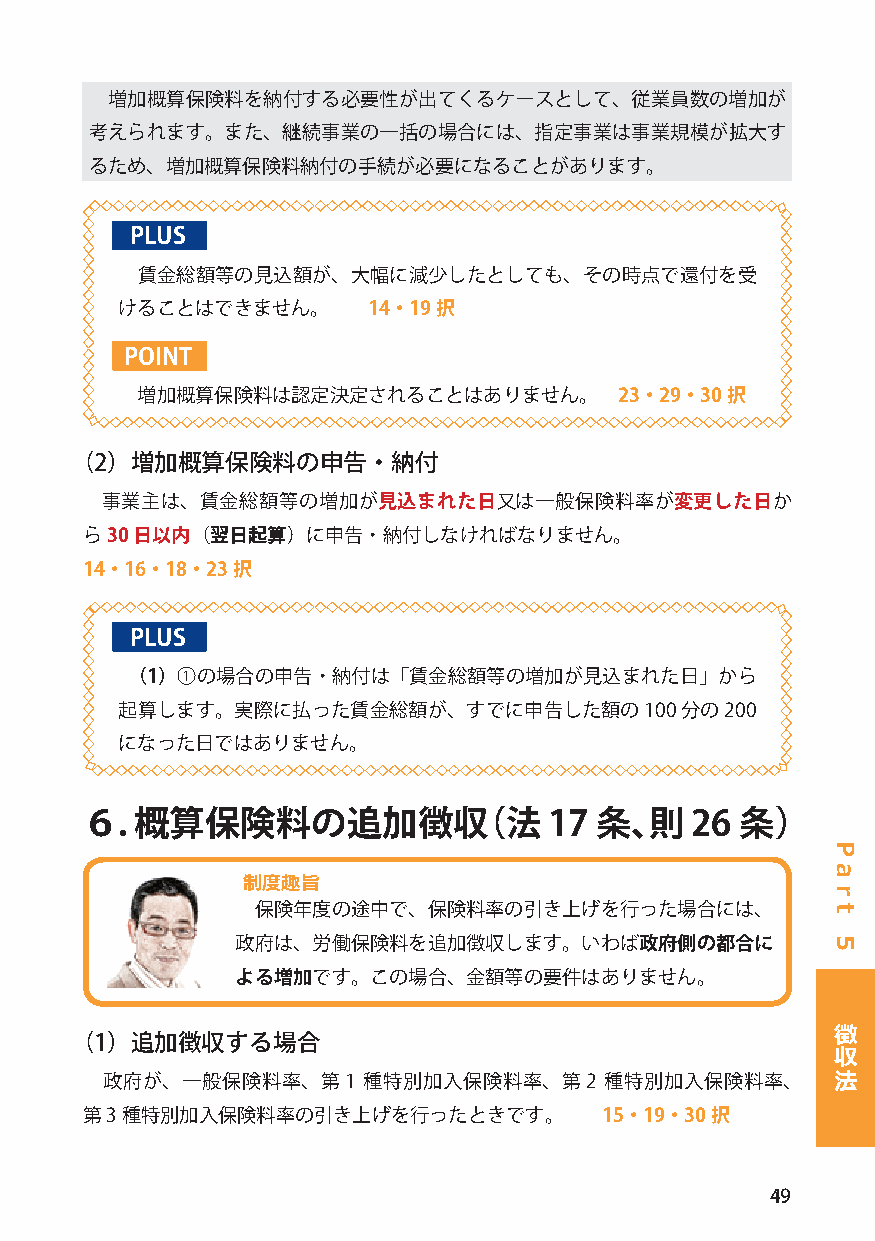
増加概算保険料を納付する必要性が出てくるケースとして、従業員数の増加が
 考えられます。また、継続事業の一括の場合には、指定事業は事業規模が拡大す
 るため、増加概算保険料納付の手続が必要になることがあります。
 PLUS
 賃金総額等の見込額が、大幅に減少したとしても、その時点で還付を受
 けることはできません。     14・19択
 POINT
 増加概算保険料は認定決定されることはありません。        23・29・30択
 （2）増加概算保険料の申告・納付
 事業主は、賃金総額等の増加が見込まれた日又は一般保険料率が変更した日か
 ら30 日以内（翌日起算）に申告・納付しなければなりません。
 14・16・18・23択
 PLUS
 （1）①の場合の申告・納付は「賃金総額等の増加が見込まれた日」から
 起算します。実際に払った賃金総額が、すでに申告した額の100分の200
 になった日ではありません。
 ６.概算保険料の追加徴収（法17                  条、則26     条）
 制度趣旨
 保険年度の途中で、保険料率の引き上げを行った場合には、
 政府は、労働保険料を追加徴収します。いわば政府側の都合に
 よる増加です。この場合、金額等の要件はありません。
 徴
 （1）追加徴収する場合
 収
 法
 政府が、一般保険料率、第1    種特別加入保険料率、第2    種特別加入保険料率、
 第3 種特別加入保険料率の引き上げを行ったときです。         15・19・30択
 49
 P
 a
 r
 t
 5